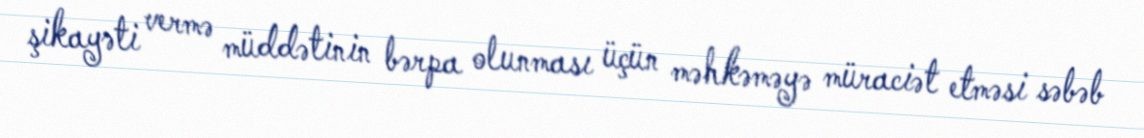
şikayəti vermə müddətinin bərpa olunması üçün məhkəməyə müraciət etməsi səbəb